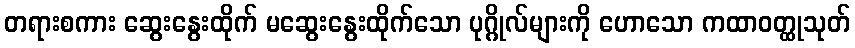
တရားစကား ဆွေးနွေးထိုက် မဆွေးနွေးထိုက်သော ပုဂ္ဂိုလ်များကို ဟောသော ကထာဝတ္ထုသုတ်